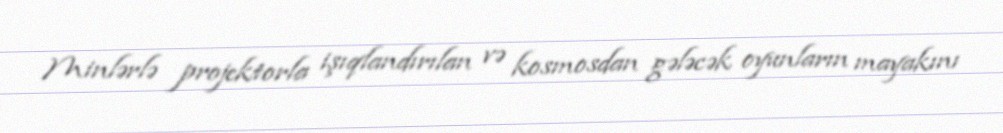
Minlərlə projektorla işıqlandırılan və kosmosdan gələcək oyunların mayakını